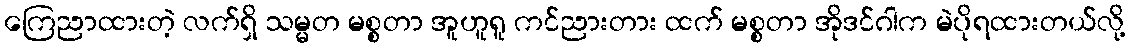
ကြေညာထားတဲ့ လက်ရှိ သမ္မတ မစ္စတာ အူဟူရူ ကင်ညားတား ထက် မစ္စတာ အိုဒင်ဂါက မဲပိုရထားတယ်လို့